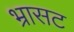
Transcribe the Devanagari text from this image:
भ्रासट